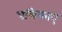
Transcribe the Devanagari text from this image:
पत्रिकाए